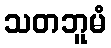
သတဘူမံ